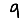
Digit: 9